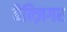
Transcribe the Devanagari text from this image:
बैन्ज़िगर